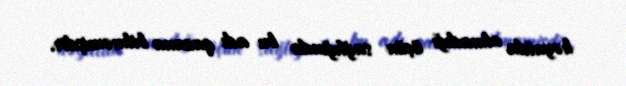
həyatda olmadığı üçün sağlığında bu adı qazana bilməmişdir.